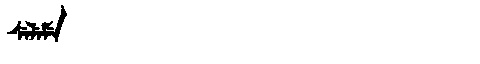
Manchu: ᠰᡝᠯᡝᠮᡝ
Romanization: SELEME